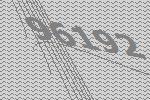
96192